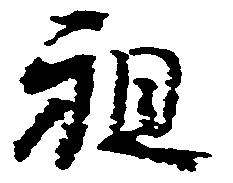
祖